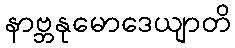
နာဗ္ဘနုမောဒေယျာတိ